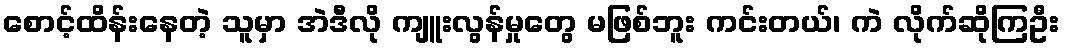
စောင့်ထိန်းနေတဲ့ သူမှာ အဲဒီလို ကျူးလွန်မှုတွေ မဖြစ်ဘူး ကင်းတယ်၊ ကဲ လိုက်ဆိုကြဦး